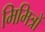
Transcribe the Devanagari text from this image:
मिमित्रों